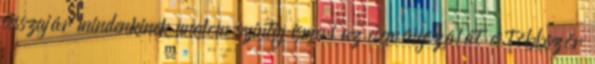
visszajár mindenkinek unalom szintig ismeri az eseményszálát és többször